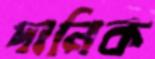
দানিক